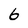
Character: 6